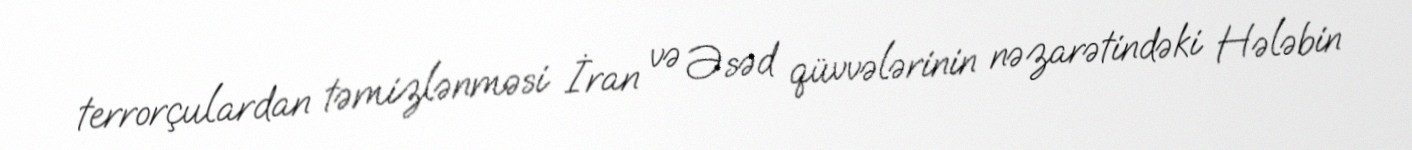
terrorçulardan təmizlənməsi İran və Əsəd qüvvələrinin nəzarətindəki Hələbin